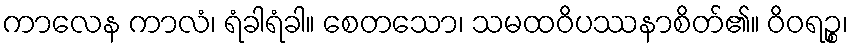
ကာလေန ကာလံ၊ ရံခါရံခါ။ စေတသော၊ သမထဝိပဿနာစိတ်၏။ ဝိဝရဉ္စ၊